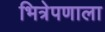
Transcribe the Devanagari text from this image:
भित्रेपणाला